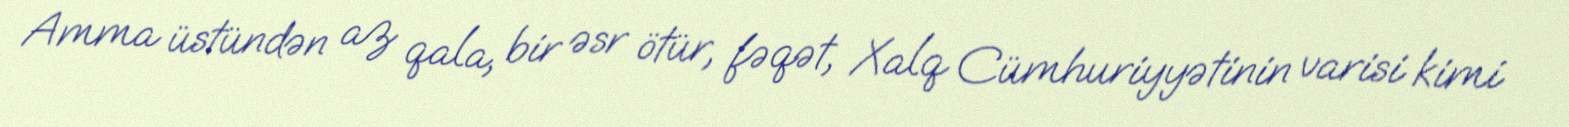
Amma üstündən az qala, bir əsr ötür, fəqət, Xalq Cümhuriyyətinin varisi kimi